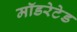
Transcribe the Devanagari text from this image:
मॉडरेटेड